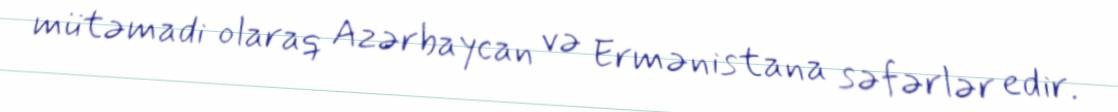
mütəmadi olaraq Azərbaycan və Ermənistana səfərlər edir.